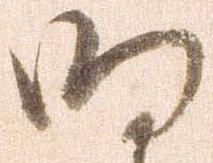
明